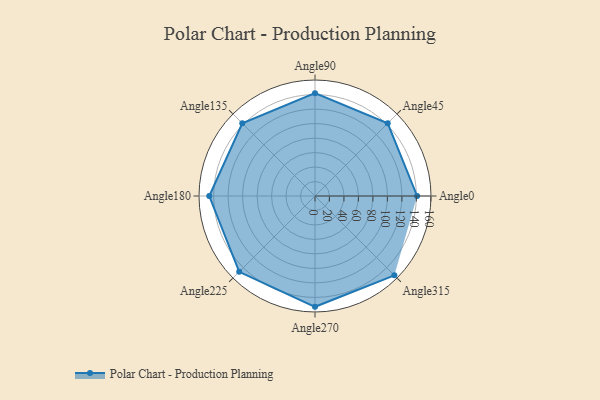
{"axis": {"x": "Angle", "y": "Radius"}, "legend": [""], "data": [{"x": "Angle0", "y": 141.0, "type": ""}, {"x": "Angle45", "y": 142.0, "type": ""}, {"x": "Angle90", "y": 142.0, "type": ""}, {"x": "Angle135", "y": 142.0, "type": ""}, {"x": "Angle180", "y": 146.0, "type": ""}, {"x": "Angle225", "y": 148.0, "type": ""}, {"x": "Angle270", "y": 153.0, "type": ""}, {"x": "Angle315", "y": 155.0, "type": ""}]}